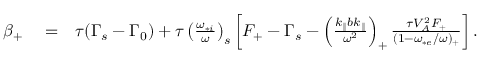
\begin{array} { r l r } { \beta _ { + } } & { { } = } & { \tau ( \Gamma _ { s } - \Gamma _ { 0 } ) + \tau \left( \frac { \omega _ { * i } } { \omega } \right) _ { s } \left[ F _ { + } - \Gamma _ { s } - \left( \frac { k _ { \parallel } b k _ { \parallel } } { \omega ^ { 2 } } \right) _ { + } \frac { \tau V _ { A } ^ { 2 } F _ { + } } { ( 1 - \omega _ { * e } / \omega ) _ { + } } \right] . } \end{array}